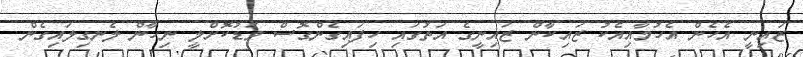
ޒައިނީ އެހެން އެެހުމާއިއެކު ޒައިކާން ޒައިނީގެ އަތުގައި ހިފައިގެންގޮސް މަޑުކޮށްލީ ނިހާން ލެނގިލައިގެން